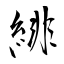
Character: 緋